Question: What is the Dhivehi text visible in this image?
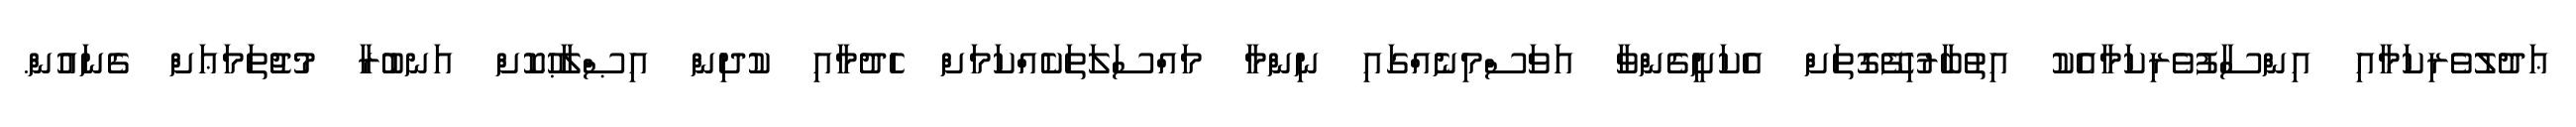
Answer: ޢަދުލުވެރިކަމާއި އިންސާފުވެރިކަމާއެކު އިތުބާރުހިފޭގޮތަށް އެކަށީގެންވާ އަވަސްމިނެއްގައި ނިންމާ މައްސަލަތަކެއްކަމަށް ހެދުމާއި ކުދިން އިޞްލާޙުކޮށް އަނބުރާ މުޖުތަމަޢަށް ގެނައުން.